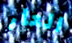
العار